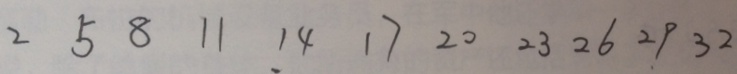
2 5 8 1 1 1 4 1 7 2 0 2 3 2 6 2 9 3 2